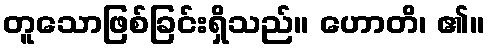
တူသောဖြစ်ခြင်းရှိသည်။ ဟောတိ၊ ၏။